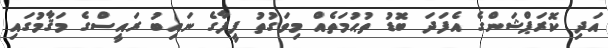
އަދި ކޮރަޕްޝަންގެ އެފަދަ ބޮޑު ތުޙުމަތެއް މިވަގުތު ފީފާގެ ނައިބު ރައީސްގެ މަޤާމުގައި